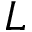
L